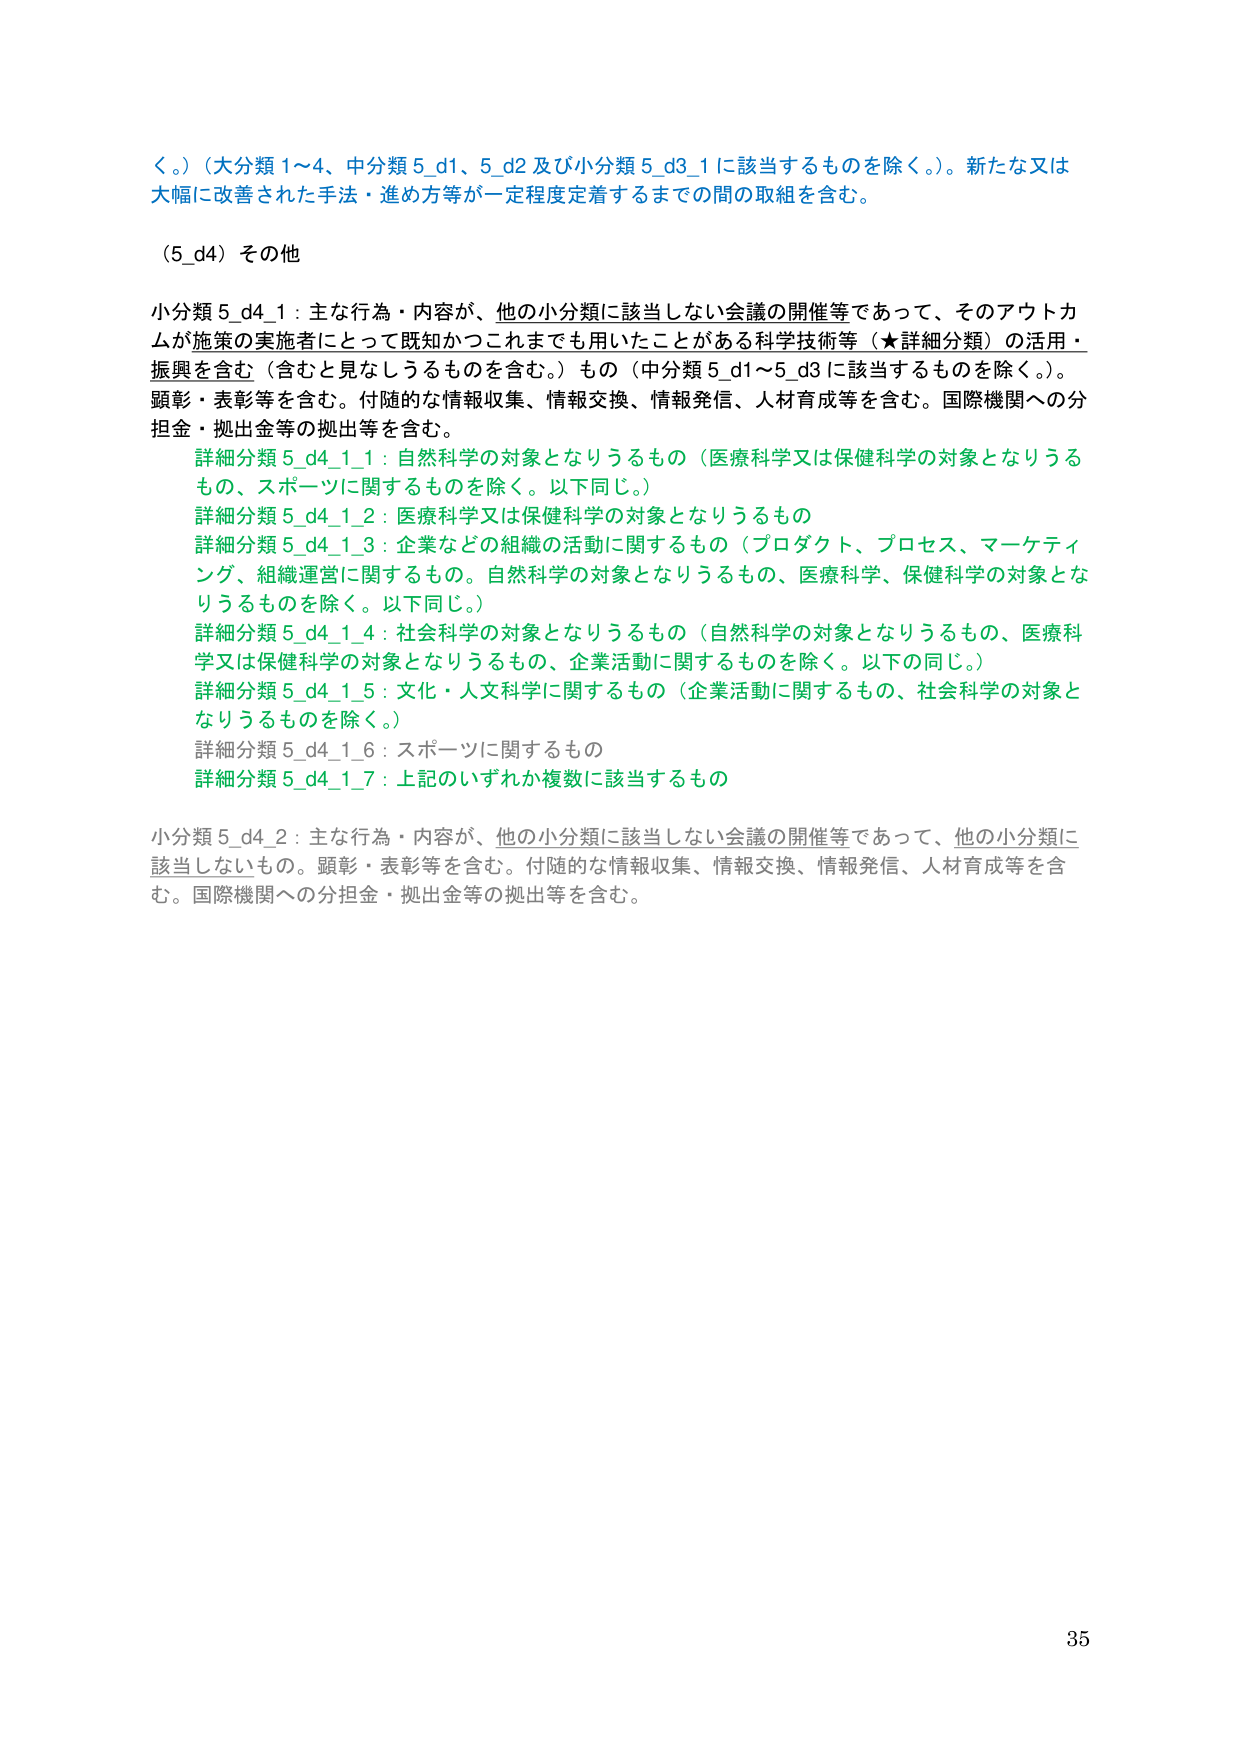
く。）（大分類1～4、中分類5_d1、5_d2及び小分類5_d3_1に該当するものを除く。）。新たな又は大幅に改善された手法・進め方等が一定程度定着するまでの間の取組を含む。

（5_d4）その他

小分類5_d4_1：主な行為・内容が、他の小分類に該当しない会議の開催等であって、そのアウトカムが施策の実施者にとって既知かつこれまでにも用いたことがある科学技術等（★詳細分類）の活用・振興を含む（含むと見なしうるものを含む。）もの（中分類5_d1～5_d3に該当するものを除く。）。顕彰・表彰等を含む。付随的な情報収集、情報交換、情報発信、人材育成等を含む。国際機関への分担金・拠出金等の拠出等を含む。

　詳細分類5_d4_1_1：自然科学の対象となりうるもの（医療科学又は保健科学の対象となりうるもの、スポーツに関するものを除く。以下同じ。）

　詳細分類5_d4_1_2：医療科学又は保健科学の対象となりうるもの

　詳細分類5_d4_1_3：企業などの組織の活動に関するもの（プロダクト、プロセス、マーケティング、組織運営に関するもの。自然科学の対象となりうるもの、医療科学、保健科学の対象となりうるものを除く。以下同じ。）

　詳細分類5_d4_1_4：社会科学の対象となりうるもの（自然科学の対象となりうるもの、医療科学又は保健科学の対象となりうるもの、企業活動に関するものを除く。以下の同じ。）

　詳細分類5_d4_1_5：文化・人文科学に関するもの（企業活動に関するもの、社会科学の対象となりうるものを除く。）

　詳細分類5_d4_1_6：スポーツに関するもの

　詳細分類5_d4_1_7：上記のいずれか複数に該当するもの

小分類5_d4_2：主な行為・内容が、他の小分類に該当しない会議の開催等であって、他の小分類に該当しないもの。顕彰・表彰等を含む。付随的な情報収集、情報交換、情報発信、人材育成等を含む。国際機関への分担金・拠出金等の拠出等を含む。

35